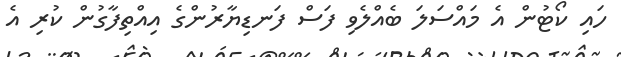
ހައި ކޯޓުން އެ މައްސަލަ ބެއްލެވި ފަސް ފަނޑިޔާރުންގެ އިއްތިފާގުން ކުރި އެ